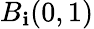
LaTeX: B_{\mathbf{i}}(0,1)